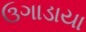
ઉગાડાયા